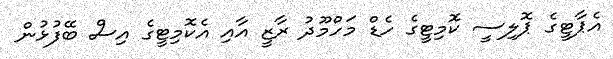
އެޕާޓީގެ ޕޮލިސީ ކޮމިޓީގެ ހެޑް މަހްމޫދު ރާޒީ އާއި އެކޮމިޓީގެ އިސް ބޭފުޅުން